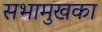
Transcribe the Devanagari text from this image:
सभामुखका